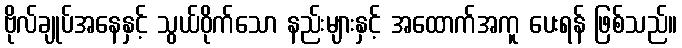
ဗိုလ်ချုပ်အနေနှင့် သွယ်ဝိုက်သော နည်းများနှင့် အထောက်အကူ ပေးရန် ဖြစ်သည်။